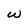
Character: w